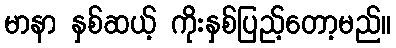
မာနာ နှစ်ဆယ့် ကိုးနှစ်ပြည့်တော့မည်။